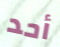
أحد